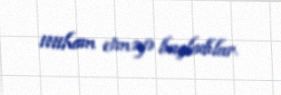
ittiham etməyə başladılar.